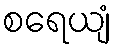
စရေယျံ